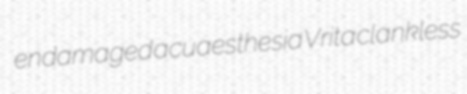
endamaged acuaesthesia Vrita clankless